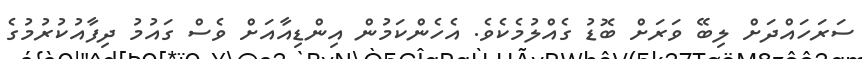
ސަރަހައްދަށް ލިބޭ ވަރަށް ބޮޑު ގެއްލުމެކެެވެ. އެހެންކަމުން އިންޑިއާއަށް ވެސް ގައުމު ދިފާއުކުރުމުގެ